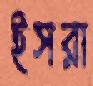
ইসরা